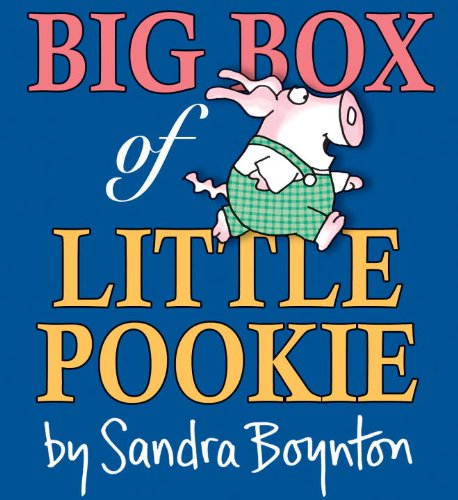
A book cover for Big Box of Little Pookie; Sandra Boynton; Children's Books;